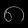
Digit: ၈